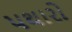
પથારો